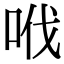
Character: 𠲎